Vaccination in Burma 1912-1922 - 1912-1922
Year: 1912
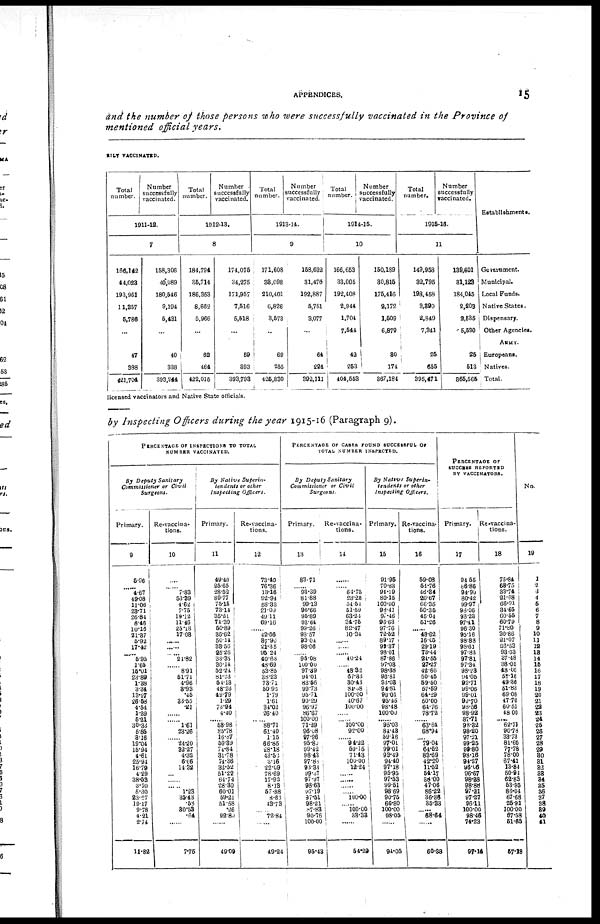
APPENDICES.
15
and the number of those persons who were successfully vaccinated in the Province of
mentioned official years.
RILY VACCINATED.
Total
number.
Number
successfully
vaccinated.
1911-12.
7
166,142
44,023
193,961
11,357
5,786
...
47
388
421,704
158,306
40,089
180,546
9,194
5,431
...
40
338
393,944
Total
number.
Number
successfully
vaccinated.
1912-13.
8
184,794
35,714
186,353
8,662
5,966
...
62
464
422,015
174,075
34,275
171,957
7,516
5,518
...
59
393
393,793
Total
number.
Number
successfully
vaccinated.
1913-14.
9
171,608
33,098
210,401
6,826
3,573
...
69
255
425,830
158,632
31,476
192,887
5,751
3,077
...
64
224
392,111
Total
number.
Number
successfully
vaccinated.
1914-15.
10
166,653
33,005
192,408
2,944
1,704
7,544
42
253
404,553
150,189
30,815
175,416
2,172
1,509
6,879
30
174
367,184
Total
number.
Number
successfully
vaccinated.
1915-16.
11
149,958
32,795
198,458
3,390
2,849
7,341
25
655
395,471
139,601
31,123
184,045
2,203
9,535
5,520
25
513
365,565
Establishments.
Government.
Municipal.
Local Funds.
Native States.
Dispensary.
Other Agencies.
ARMY.
Europeans.
Natives.
Total.
licensed vaccinators and Native State officials.
by Inspecting Officers during the year 1915-16 (Paragraph 9).
PERCENTAGE OF INSPECTINGS TO TOTAL
NUMBER VACCINATED.
By Deputy Sanitary
Commissioner or Civil
Surg tons.
Primary.
9
5.96
...... 4.67
49.08
11.06
23.71
26.84
8.46
10.16
21.37
5.92
17.42
...... 5.95
1.65
15.01
28.89
1.38
3.34
13.27
26.66
4.54
1.29
5.21
30.33
5.85
3.16
19.04
15.94
4.61
25.94
16.79
4.29
38.53
3.70
5.30
23.27
12.17
9.78
4.21
2.74
11.82
Re-vaccina-
tions.
10
....
...... 7.83
53.39
4.62
7.75
19.12
11.46
25.13
17.08
......
......
...... 24.82
...... 8.91
51.71
4.96
3.93
.45
33.55
.21
......
...... 1.61
23.26
...... 24.20
32.27
4.32
6.66
14.32
...
...... ...... 1.23
35.43
.58
30.58
.64
...
7.75
By Native Superin¬
tendents or other
Inspecting
Officers.
Primary.
11
49.40
25.65
28.52
89.77
75.15
73.14
35.21
74.39
50.89
35.62
50.14
33.56
25.26
33.35
30.14
52.24
81.23
54.13
48.23
49.79
1.29
73.94
4.40
...... 58.98
85.78
16.87
59.39
74.84
31.78
74.36
32.52
51.22
64.74
28.30
60.01
59.21
51.58
.26
92.80
...
49.09
Re-vaccina-
tions.
12
73.49
76.36
13.16
92.94
58.33
21.09
49.11
69.16
...... 42.66
87.90
21.35
95.24
40.68
48.69
53.85
38.23
73.71
50.92
1.79
1.61
34.02
26.40
...... 88.71
61.40
1.15
66.85
28.18
43.52
3.16
22.09
78.69
17.92
8.13
57.88
8.65
43.73
...... 72.84
...
49.24
PERCENTAGE OF CASES FOUND SUCCESSFUL OF
TOTAL NUMBER INSPECTED.
By Deputy Sanitary
Commissioner or Civil
Surgeons.
Primary.
13
83.71
...... 93.39
81.88
99.13
96.66
95.89
93.64
99.26
98.57
93.04
98.06
...... 95.08
100.00
97.39
94.01
83.56
99.73
95.71
90.29
96.97
86.67
100.00
71.29
96.08
97.96
95.80
99.42
98.43
97.88
98.38
99.37
97.97
98.63
97.19
97.51
98.21
87.83
90.76
100.00
95.43
Re-vaccina-
tions.
14
......
...... 64.75
23.28
54.51
51.59
63.24
34.75
82.47
10.34
......
......
...... 40.24
...... 48.32
67.33
30.43
84.88
100.00
40.67
100.00
......
...... 100.00
92.00
...... 94.22
59.15
71.43
100.00
12.24
......
......
......
...... 100.00
...... 100.00
33.33
......
54.29
By Native
Superin-
tendents or other
Inspecting Officers.
Primary.
15
91.95
70.33
94.19
80.15
100.00
98.41
97.46
96.63
97.76
72.52
89.17
99.37
98.01
87.86
97.03
98.38
96.81
93.03
94.81
99.01
95.45
98.48
100.00
...... 95.03
84.43
59.16
97.01
99.01
93.49
94.40
97.18
95.95
97.53
99.51
98.69
90.75
66.80
100.00
98.05
......
94.05
Re-vaccina-
tions.
16
59.08
54.76
46.34
20.67
66.35
50.35
45.04
51.26
...... 48.62
16.05
29.19
73.44
24.55
27.27
42.66
50.45
59.50
57.59
64.29
50.00
64.76
78.72
...... 63.64
68.94
...... 79.04
64.52
83.69
42.20
11.52
54.17
38.00
47.06
86.22
36.36
35.33
...... 68.64
......
60.38
PERCENTAGE OF
SUCCESS REPORTED
BY VACCINATORS.
Primary.
17
94.55
86.86
94.90
80.42
99.97
98.06
98.23
97.41
96.30
95.16
98.88
98.61
97.83
97.81
97.34
98.28
94.05
92.71
99.06
99.01
99.70
98.56
98.92
87.71
98.32
98.20
97.21
99.25
99.80
98.16
94.27
96.06
96.67
98.28
98.88
97.21
97.27
96.11
100.00
98.46
74.23
97.14
Re-vaccina-
tions.
18
75.84
68.75
33.74
21.68
66.91
34.65
60.55
60.79
71.80
30.86
21.07
26.53
93.63
37.48
38.05
48.00
58.16
49.36
51.83
69.08
47.70
60.51
48.00
...... 62.71
90.78
33.73
81.60
77.78
78.00
67.41
13.84
50.94
62.83
53.95
86.04
67.68
25.91
100.00
67.58
51.65
57.18
No.
19
1
2
3
4
5
6
7
8
9
10
11
12
13
14
15
16
17
18
19
20
21
22
23
24
25
26
27
28
29
30
31
32
33
34
35
36
37
38
39
40
41